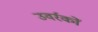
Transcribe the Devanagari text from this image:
उवर्रकों